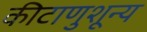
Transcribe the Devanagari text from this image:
कीटाणुशून्य